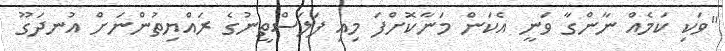
"ވަކި ކަމެއް ނާންގާ ވަނީ އެކަން މަނާކޮށްފަ މިއި ފަލަސްތީނުގެ ރައްޔިތުންނަށް އުނދަގޫ